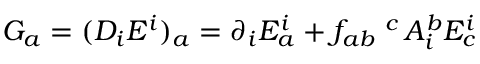
G _ { a } = ( D _ { i } E ^ { i } ) _ { a } = \partial _ { i } E _ { a } ^ { i } + f _ { a b } \; ^ { c } \, A _ { i } ^ { b } E _ { c } ^ { i }